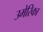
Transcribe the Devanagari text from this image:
उमेरिका